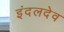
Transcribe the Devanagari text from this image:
इंदलदेव